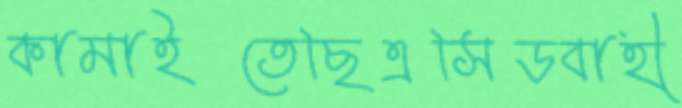
কামাইতেছিএসিডবাহী